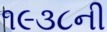
૧૯૩૮ની